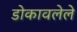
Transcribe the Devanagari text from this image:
डोकावलेले